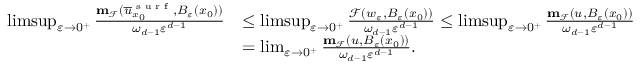
\begin{array} { r l } { \operatorname* { l i m s u p } _ { \varepsilon \to 0 ^ { + } } \frac { \mathbf { m } _ { \mathcal { F } } ( \overline { { u } } _ { x _ { 0 } } ^ { \textnormal { s u r f } } , B _ { \varepsilon } ( x _ { 0 } ) ) } { \omega _ { d - 1 } \varepsilon ^ { d - 1 } } } & { \leq \operatorname* { l i m s u p } _ { \varepsilon \to 0 ^ { + } } \frac { \mathcal { F } ( w _ { \varepsilon } , B _ { \varepsilon } ( x _ { 0 } ) ) } { \omega _ { d - 1 } \varepsilon ^ { d - 1 } } \leq \operatorname* { l i m s u p } _ { \varepsilon \to 0 ^ { + } } \frac { \mathbf { m } _ { \mathcal { F } } ( u , B _ { \varepsilon } ( x _ { 0 } ) ) } { \omega _ { d - 1 } \varepsilon ^ { d - 1 } } } \\ & { = \operatorname* { l i m } _ { \varepsilon \to 0 ^ { + } } \frac { \mathbf { m } _ { \mathcal { F } } ( u , B _ { \varepsilon } ( x _ { 0 } ) ) } { \omega _ { d - 1 } \varepsilon ^ { d - 1 } } . } \end{array}